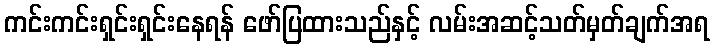
ကင်းကင်းရှင်းရှင်းနေရန် ဖော်ပြထားသည်နှင့် လမ်းအဆင့်သတ်မှတ်ချက်အရ